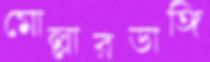
মোল্লারডাঙ্গি